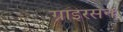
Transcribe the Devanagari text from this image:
ग्राइरसन